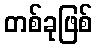
တစ်ခုဖြစ်